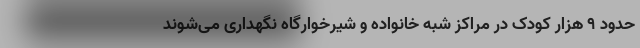
حدود ۹ هزار کودک در مراکز شبه خانواده و شیرخوارگاه نگهداری می‌شوند